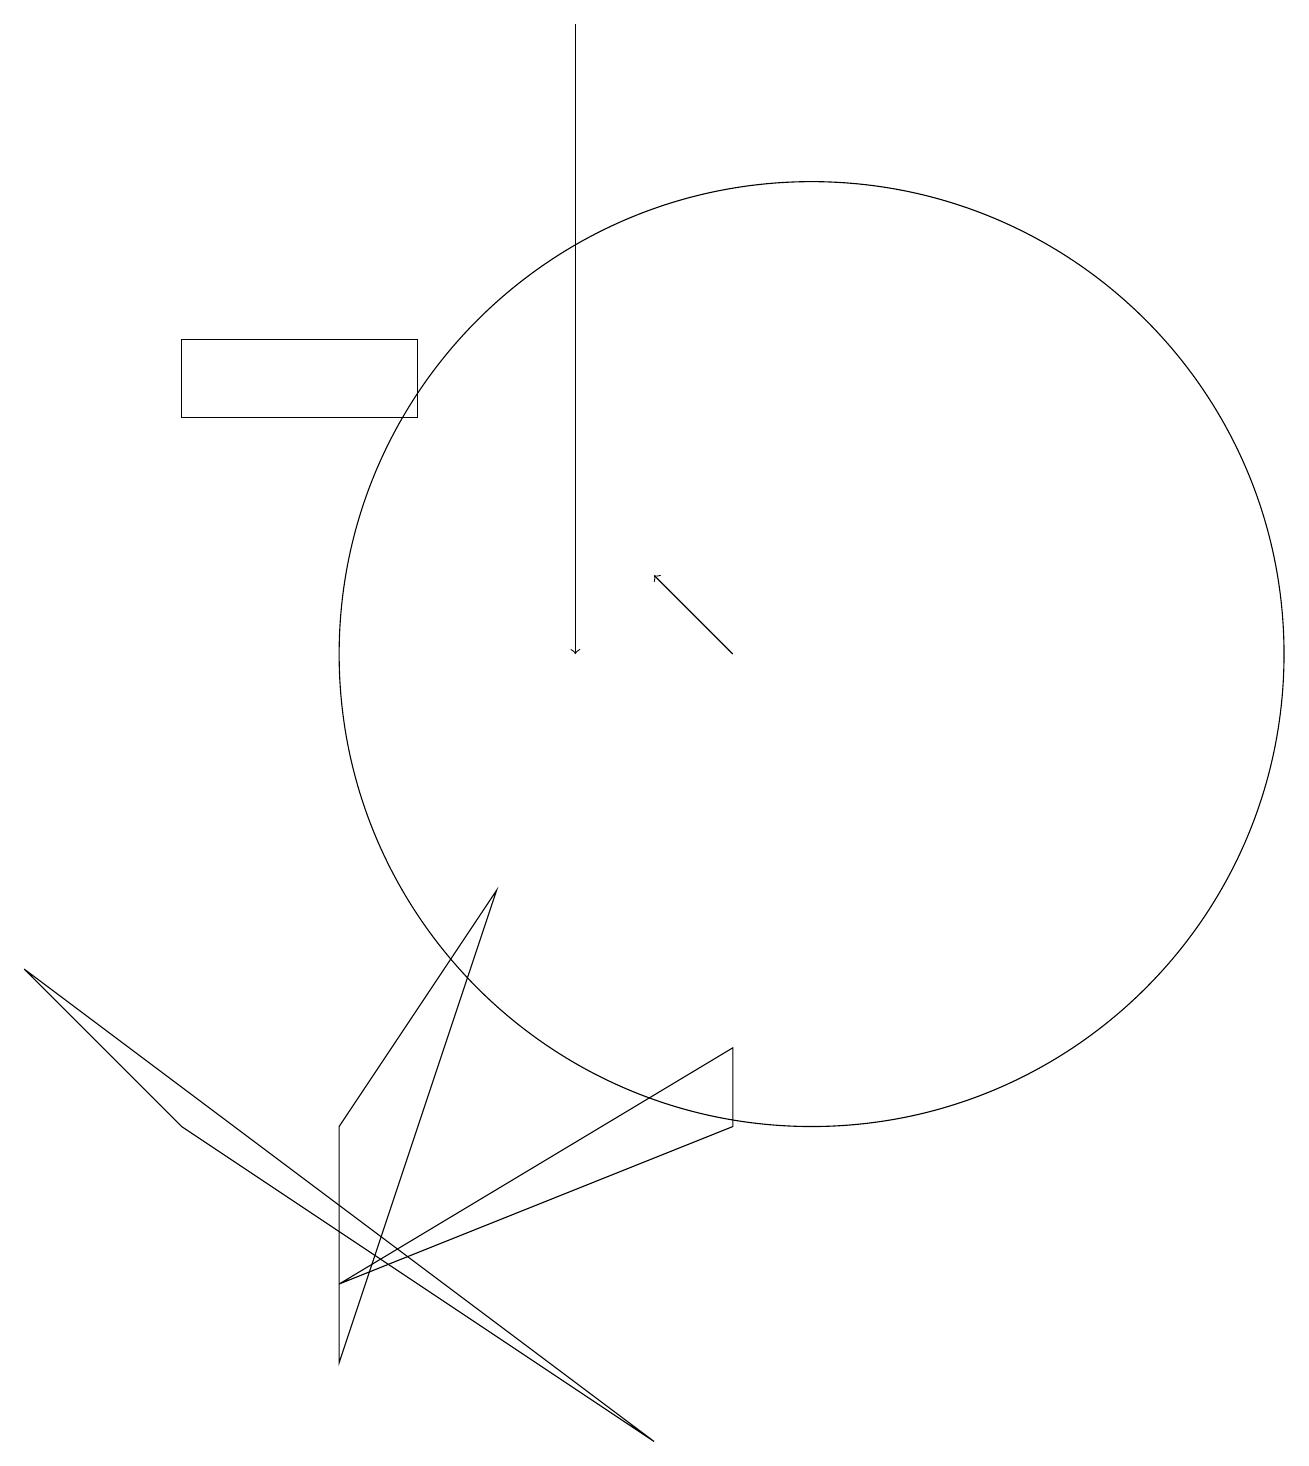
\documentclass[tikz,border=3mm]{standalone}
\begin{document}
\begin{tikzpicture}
\draw[->] (7,18) -- (7,10);
\draw (0,6) -- (8,0) -- (2,4) -- cycle;
\draw[->] (9,10) -- (8,11);
\draw (2,14) rectangle (5,13);
\draw (4,2) -- (9,4) -- (9,5) -- cycle;
\draw (10,10) circle (6);
\draw (4,4) -- (6,7) -- (4,1) -- cycle;
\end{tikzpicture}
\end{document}